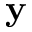
\mathbf { y }